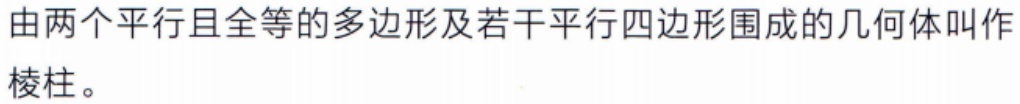
由两个平行且全等的多边形及若干平行四边形围成的几何体叫作棱柱。